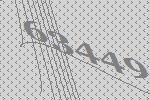
63449